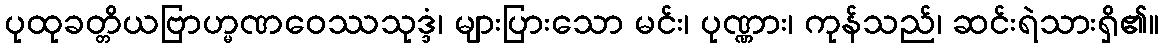
ပုထုခတ္တိယဗြာဟ္မဏဝေဿသုဒ္ဒံ၊ များပြားသော မင်း၊ ပုဏ္ဏား၊ ကုန်သည်၊ ဆင်းရဲသားရှိ၏။